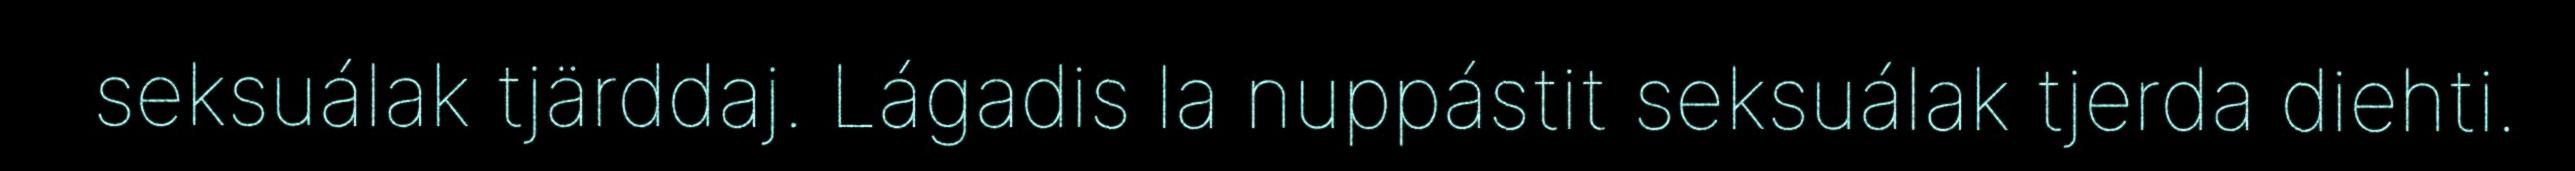
seksuálak tjärddaj. Lágadis la nuppástit seksuálak tjerda diehti.